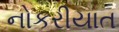
નોકરીયાત